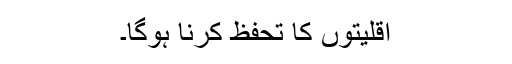
اقلیتوں کا تحفظ کرنا ہوگا۔